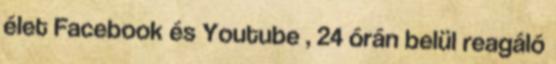
élet Facebook és Youtube , 24 órán belül reagáló